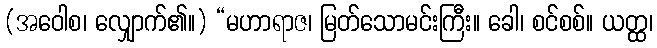
(အဝေါစ၊ လျှောက်၏။) “မဟာရာဇ၊ မြတ်သောမင်းကြီး။ ခေါ၊ စင်စစ်။ ယတ္ထ၊